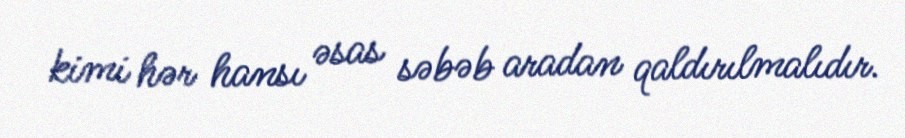
kimi hər hansı əsas səbəb aradan qaldırılmalıdır.